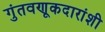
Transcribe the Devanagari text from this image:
गुंतवणूकदारांशी